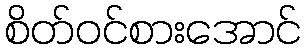
စိတ်ဝင်စားအောင်